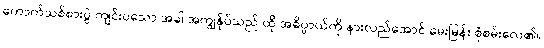
ကောက်သစ်စားပွဲ ကျင်းပသော အခါ အကျွန်ုပ်သည် ထို အဓိပ္ပာယ်ကို နားလည်အောင် မေးမြန်း စုံစမ်းလေ၏။